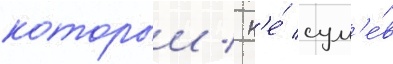
которыи / н'е́ сум'е́в